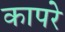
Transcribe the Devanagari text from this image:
कापरे